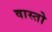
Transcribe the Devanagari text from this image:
वास्तो